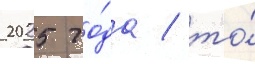
2025 го́да / то́